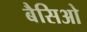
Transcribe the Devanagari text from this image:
बैसिओ